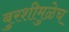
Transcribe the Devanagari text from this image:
बुरशीमुळेच